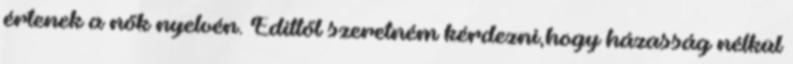
értenek a nők nyelvén. Edittől szeretném kérdezni,hogy házasság nélkül